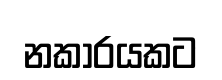
නකාරයකට